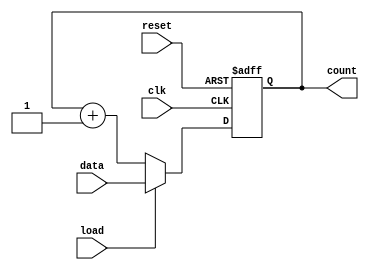
module loadable_counter (
    input wire clk,          // Clock signal
    input wire load,         // Load signal
    input wire reset,        // Reset signal
    input wire [7:0] data,   // Load value (8-bit)
    output reg [7:0] count   // Current count (8-bit)
);

// Asynchronous reset and synchronous load/counting
always @(posedge clk or posedge reset) begin
    if (reset) begin
        count <= 8'b0;      // Reset count to 0
    end else if (load) begin
        count <= data;      // Load the value from data input
    end else begin
        count <= count + 1; // Increment count by 1
    end
end

endmodule